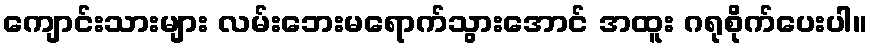
ကျောင်းသားများ လမ်းဘေးမရောက်သွားအောင် အထူး ဂရုစိုက်ပေးပါ။